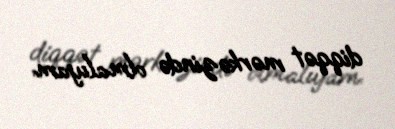
diqqət mərkəzində olmalıyam.